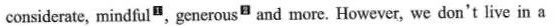
considerate, mindful^{1}, generous^{2} and more. However, we don't live in a